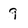
Character: 9